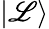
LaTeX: \left\lvert\mathscr{L}\right\rangle